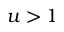
u > 1